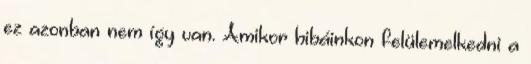
ez azonban nem így van. Amikor hibáinkon felülemelkedni a